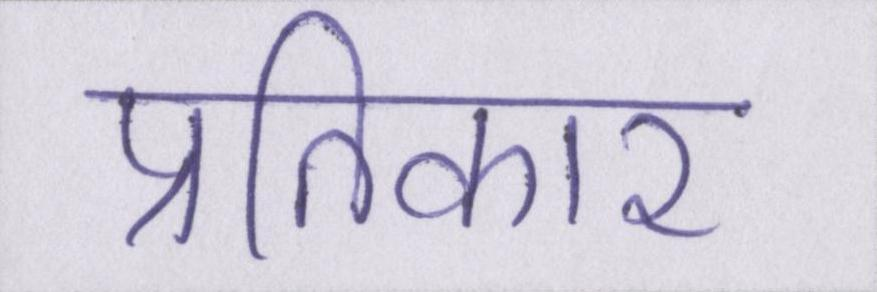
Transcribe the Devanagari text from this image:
प्रतिकार